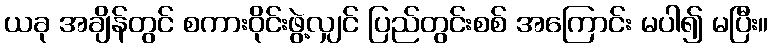
ယခု အချိန်တွင် စကားဝိုင်းဖွဲ့လျှင် ပြည်တွင်းစစ် အကြောင်း မပါ၍ မပြီး။